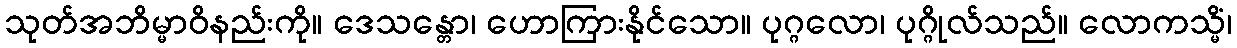
သုတ်အဘိမ္မာဝိနည်းကို။ ဒေသန္တော၊ ဟောကြားနိုင်သော။ ပုဂ္ဂလော၊ ပုဂ္ဂိုလ်သည်။ လောကသ္မိံ၊